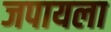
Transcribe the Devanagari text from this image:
जपायला